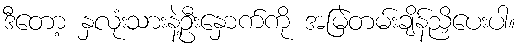
ဒီတော့ နှလုံးသားနဲ့ဦးနှောက်ကို အမြဲတမ်းချိန်ညှိပေးပါ။